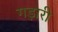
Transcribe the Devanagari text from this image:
गड़ारी